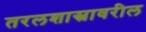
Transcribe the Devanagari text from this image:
तरलशास्त्रावरील